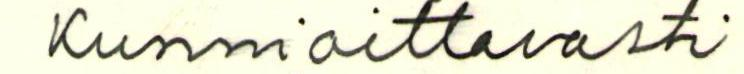
Kunnioittavasti